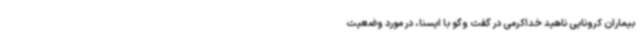
بیماران کرونایی ناهید خداکرمی در گفت وگو با ایسنا، در مورد وضعیت